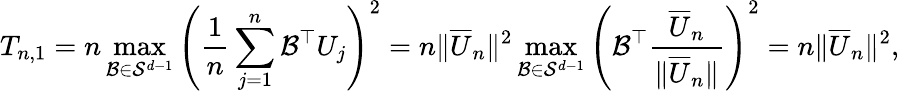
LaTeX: T_{n,1}=n\operatorname*{max}_{\mathcal{B}\in\mathcal{{S}}^{d-1}}\left(\frac{1}{n}\sum_{j=1}^{n}\mathcal{B}^{\top}U_{j}\right)^{2}=n\| \overline{{{U}}}_{n}\| ^{2}\operatorname*{max}_{\mathcal{B}\in\mathcal{{S}}^{d-1}}\left(\mathcal{B}^{\top}\frac{{\overline{{{U}}}_{n}}}{{\| \overline{{{U}}}_{n}\| }}\right)^{2}=n\| \overline{{{U}}}_{n}\| ^{2},